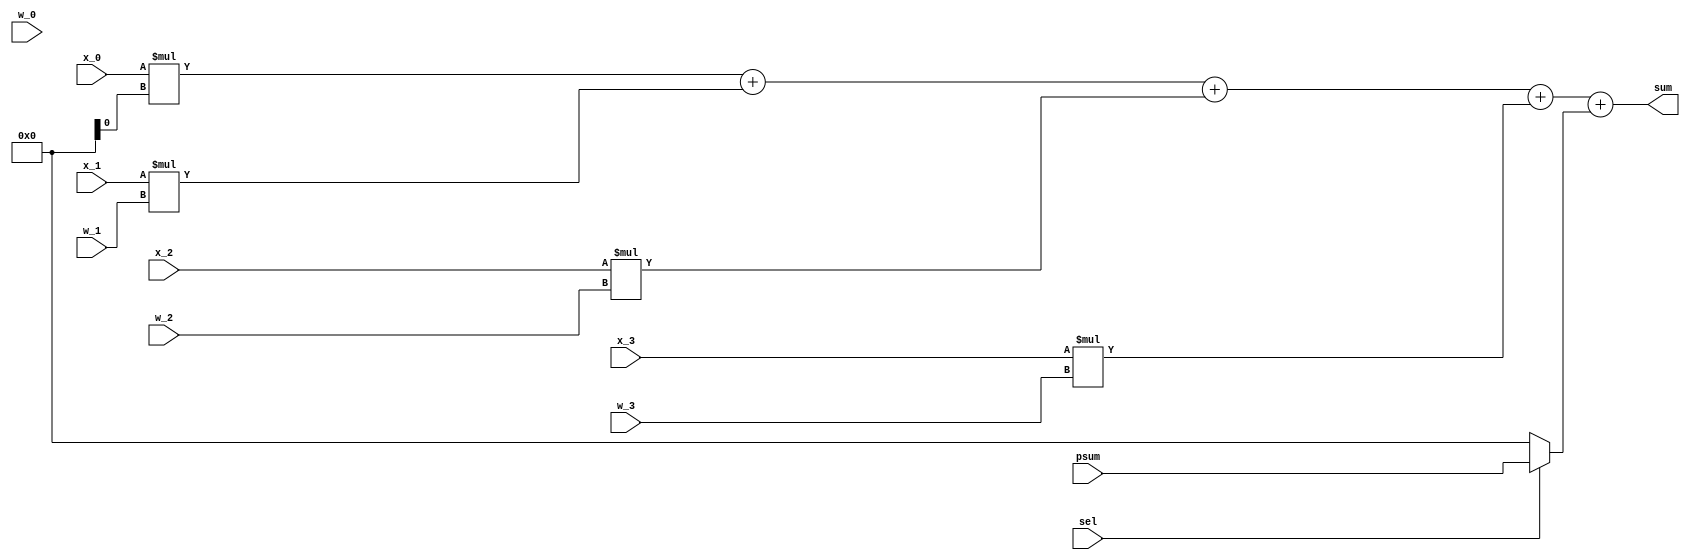
module ip#(
    parameter bitwidth =8
)(
    input[bitwidth-1:0] x_0,
    input[bitwidth-1:0] x_1,
    input[bitwidth-1:0] x_2,
    input[bitwidth-1:0] x_3,

    input[bitwidth-1:0] w_0,
    input[bitwidth-1:0] w_1,
    input[bitwidth-1:0] w_2,
    input[bitwidth-1:0] w_3,

    input[bitwidth-1:0] psum,
    input sel,
    output [bitwidth-1:0]sum,
);

    wire [bitwidth-1:0]psum_sel;
    assign psum_sel=sel?psum:0;
    wire [bitwidth-1:0]ip;
    assign ip=x_0*w_i+x_1*w_1+x_2*w_2+x_3*w_3;

    assign sum=ip + psum_sel;

endmodule